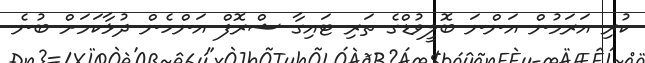
ކުރި އަރަމުން އަންނަ ބޮލީވުޑްގެ ތަރި ޓައިގާ ޝްރޮފް އަންހެން ދުޅާކަމަށް ބުނެ